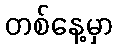
တစ်နေ့မှာ